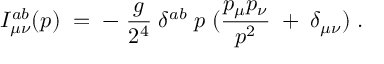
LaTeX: I _ { \mu \nu } ^ { a b } ( p ) \; = \; - \; \frac { g } { 2 ^ { 4 } } \; \delta ^ { a b } \; p \; ( \frac { p _ { \mu } p _ { \nu } } { p ^ { 2 } } \; + \; \delta _ { \mu \nu } ) \; .